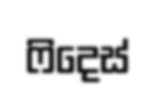
ෆිදෙස්